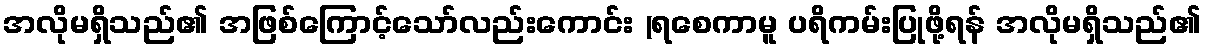
အလိုမရှိသည်၏ အဖြစ်ကြောင့်သော်လည်းကောင်း (ရစေကာမူ ပရိကမ်းပြုဖို့ရန် အလိုမရှိသည်၏